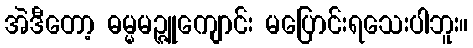
အဲဒီတော့ ဓမ္မမဉ္ဇူကျောင်း မပြောင်းရသေးပါဘူး။